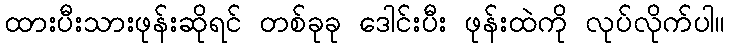
ထားပီးသားဖုန်းဆိုရင် တစ်ခုခု ဒေါင်းပီး ဖုန်းထဲကို လုပ်လိုက်ပါ။